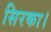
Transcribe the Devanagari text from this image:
सिरका।